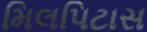
મિલપિટાસ